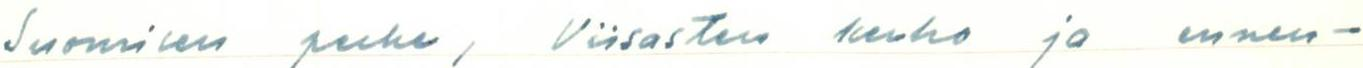
Suomisen perhe, Viisasten kerho ja ennen-